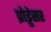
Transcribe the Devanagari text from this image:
प्रोड्डेसर